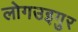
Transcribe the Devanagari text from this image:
लोगउइगुर